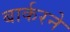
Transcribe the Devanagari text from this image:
बार्करने